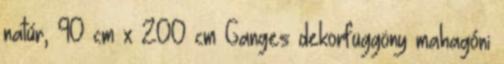
natúr, 90 cm x 200 cm Ganges dekorfüggöny mahagóni